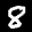
Label: 8